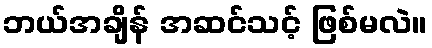
ဘယ်အချိန် အဆင်သင့် ဖြစ်မလဲ။